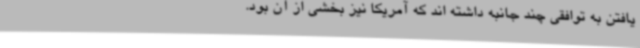
یافتن به توافقی چند جانبه داشته اند که آمریکا نیز بخشی از آن بود.